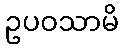
ဥပဝသာမိ